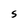
Character: S